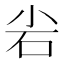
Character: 𮱢